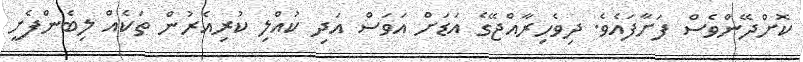
ކޮށްދޭންވެސް ފަށާފައެވެ. ދިވެހިރާއްޖޭގެ އަޑަށް އަވަސް އަދި ކުއްލި ކުރިއެރުން ތަކެއް ލިބެންފެށީ